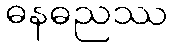
ဓနဓညဿ